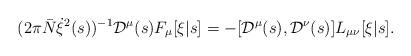
LaTeX: \begin{align*}(2 \pi {\bar N} \dot{\xi}^2(s))^{-1} {\cal D}^\mu(s) F_\mu[\xi|s] = - [{\cal D}^\mu(s), {\cal D}^\nu(s)] L_{\mu\nu}[\xi|s].\end{align*}